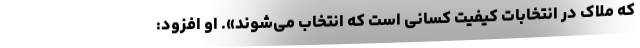
که ملاک در انتخابات کیفیت کسانی است که انتخاب می‌شوند». او افزود: